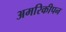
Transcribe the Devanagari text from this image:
अमरिकीपन